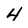
Character: 4